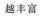
越丰富